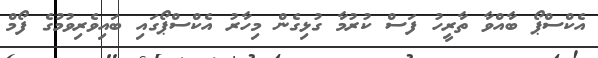
އެކްސްޕޯ ބާއްވާ ތާރީހު ފަސް ކުރުމާ ގުޅިގެން މިހާރު އެކްސްޕޯގައި ބައިވެރިވުމުގެ ފޯމް